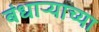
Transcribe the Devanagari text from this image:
बंधाऱ्याच्या